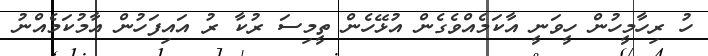
ހު ރިހާމީހުން ހީވަނީ އާކަމެއްވެގެން އުޅޭހެން ތީމިސަ ރުކާ ރު އައިފަހުން އާމުކަމެއްނު